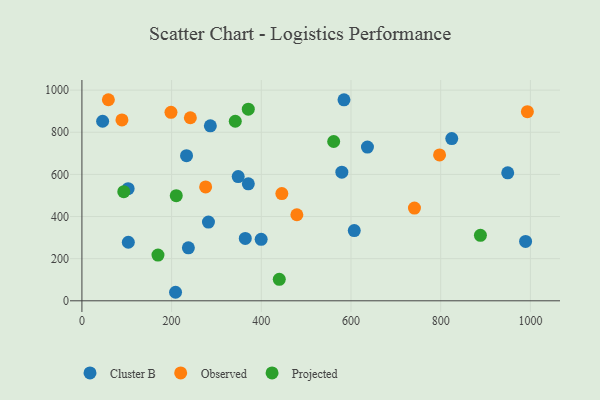
{"axis": {"x": "Investment", "y": "Salary"}, "legend": ["Cluster B", "Observed", "Projected"], "data": [{"x": "348.5", "y": 589.6, "type": "Cluster B"}, {"x": "237.4", "y": 251.7, "type": "Cluster B"}, {"x": "636.7", "y": 729.6, "type": "Cluster B"}, {"x": "282.2", "y": 373.5, "type": "Cluster B"}, {"x": "949.5", "y": 607.3, "type": "Cluster B"}, {"x": "824.7", "y": 769.9, "type": "Cluster B"}, {"x": "364.3", "y": 296.1, "type": "Cluster B"}, {"x": "607.3", "y": 333.4, "type": "Cluster B"}, {"x": "399.7", "y": 291.8, "type": "Cluster B"}, {"x": "46.2", "y": 852.3, "type": "Cluster B"}, {"x": "584.4", "y": 954.2, "type": "Cluster B"}, {"x": "103.5", "y": 277.9, "type": "Cluster B"}, {"x": "103.1", "y": 532.3, "type": "Cluster B"}, {"x": "579.6", "y": 610.6, "type": "Cluster B"}, {"x": "989.3", "y": 281.7, "type": "Cluster B"}, {"x": "233.3", "y": 688.9, "type": "Cluster B"}, {"x": "208.8", "y": 40.5, "type": "Cluster B"}, {"x": "371.1", "y": 555.2, "type": "Cluster B"}, {"x": "286.4", "y": 830.7, "type": "Cluster B"}, {"x": "797.5", "y": 692.6, "type": "Observed"}, {"x": "59.0", "y": 954.5, "type": "Observed"}, {"x": "741.5", "y": 440.3, "type": "Observed"}, {"x": "445.8", "y": 509.0, "type": "Observed"}, {"x": "89.3", "y": 858.7, "type": "Observed"}, {"x": "993.3", "y": 898.0, "type": "Observed"}, {"x": "479.3", "y": 408.5, "type": "Observed"}, {"x": "198.6", "y": 894.6, "type": "Observed"}, {"x": "241.8", "y": 868.9, "type": "Observed"}, {"x": "275.9", "y": 540.4, "type": "Observed"}, {"x": "561.4", "y": 756.1, "type": "Projected"}, {"x": "169.6", "y": 217.1, "type": "Projected"}, {"x": "440.1", "y": 101.9, "type": "Projected"}, {"x": "93.4", "y": 517.8, "type": "Projected"}, {"x": "888.6", "y": 310.6, "type": "Projected"}, {"x": "371.0", "y": 909.8, "type": "Projected"}, {"x": "342.0", "y": 852.4, "type": "Projected"}, {"x": "210.4", "y": 499.2, "type": "Projected"}]}